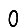
Digit: 0